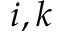
i , k